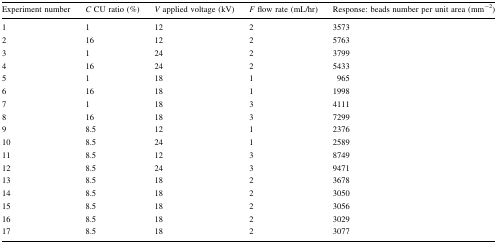
| Experiment number | C CU ratio (%) | V applied voltage (kV) | F flow rate (mL/hr) | Response: beads number per unit area (mm−2) |
 | --- | --- | --- | --- | --- |
 | 1 | 1 | 12 | 2 | 3573 |
 | 2 | 16 | 12 | 2 | 5763 |
 | 3 | 1 | 24 | 2 | 3799 |
 | 4 | 16 | 24 | 2 | 5433 |
 | 5 | 1 | 18 | 1 | 965 |
 | 6 | 16 | 18 | 1 | 1998 |
 | 7 | 1 | 18 | 3 | 4111 |
 | 8 | 16 | 18 | 3 | 7299 |
 | 9 | 8.5 | 12 | 1 | 2376 |
 | 10 | 8.5 | 24 | 1 | 2589 |
 | 11 | 8.5 | 12 | 3 | 8749 |
 | 12 | 8.5 | 24 | 3 | 9471 |
 | 13 | 8.5 | 18 | 2 | 3678 |
 | 14 | 8.5 | 18 | 2 | 3050 |
 | 15 | 8.5 | 18 | 2 | 3056 |
 | 16 | 8.5 | 18 | 2 | 3029 |
 | 17 | 8.5 | 18 | 2 | 3077 |